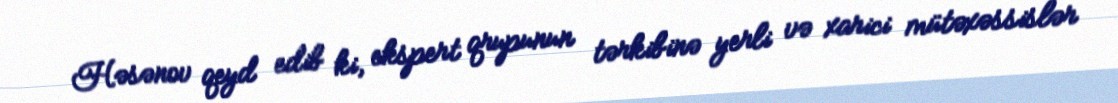
Həsənov qeyd edib ki, ekspert qrupunun tərkibinə yerli və xarici mütəxəssislər